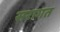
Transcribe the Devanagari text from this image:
सरागत